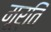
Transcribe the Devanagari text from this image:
मूर्तिं